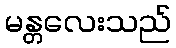
မန္တလေးသည်